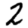
Digit: 2